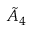
{ \tilde { A } } _ { 4 }